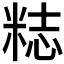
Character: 𥺃